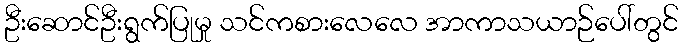
ဦးဆောင်ဦးရွက်ပြုမှု သင်ကစားလေလေ အာကာသယာဉ်ပေါ်တွင်